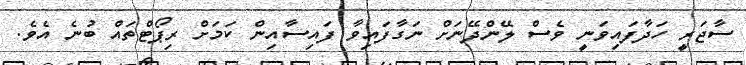
ސާޖަރީ ހަދާފައިވަނީ ވެސް ލޭންދޭނަށް ނަގާފައިވާ ފައިސާއިން ކަމަށް ރިޕޯޓްތައް ބުނެ އެވެ.